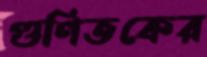
গুণিতকের